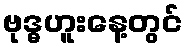
ဗုဒ္ဓဟူးနေ့တွင်